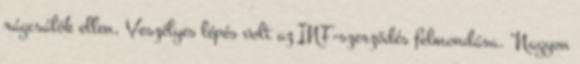
rágcsálók ellen. Veszélyes lépés volt az INF-szerződés felmondása. "Nagyon